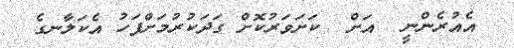
އެއުރެންނީ  އަށް  ކަށަވަރުކޮށް ގަދަކުރުމަށްފަހު އެކަލާނގެ